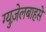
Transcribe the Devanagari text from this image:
ग्युज़ेलबाहसे